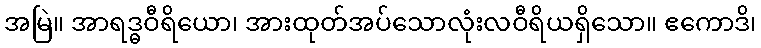
အမြဲ။ အာရဒ္ဓဝီရိယော၊ အားထုတ်အပ်သောလုံးလဝီရိယရှိသော။ ဧကောဒိ၊